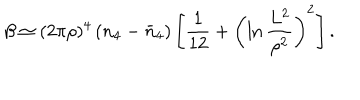
\beta \simeq ( 2 \pi \rho ) ^ { 4 } \left( n _ { 4 } - \bar { n } _ { 4 } \right) \left[ \frac { 1 } { 1 2 } + \left( \ln \frac { L ^ { 2 } } { \rho ^ { 2 } } \right) ^ { 2 } \right] .